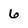
Character: 6